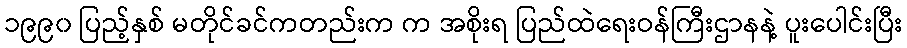
၁၉၉၀ ပြည့်နှစ် မတိုင်ခင်ကတည်းက က အစိုးရ ပြည်ထဲရေးဝန်ကြီးဌာနနဲ့ ပူးပေါင်းပြီး